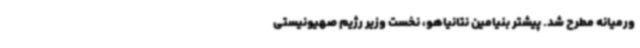
ورمیانه مطرح شد. پیشتر بنیامین نتانیاهو، نخست وزیر رژیم صهیونیستی